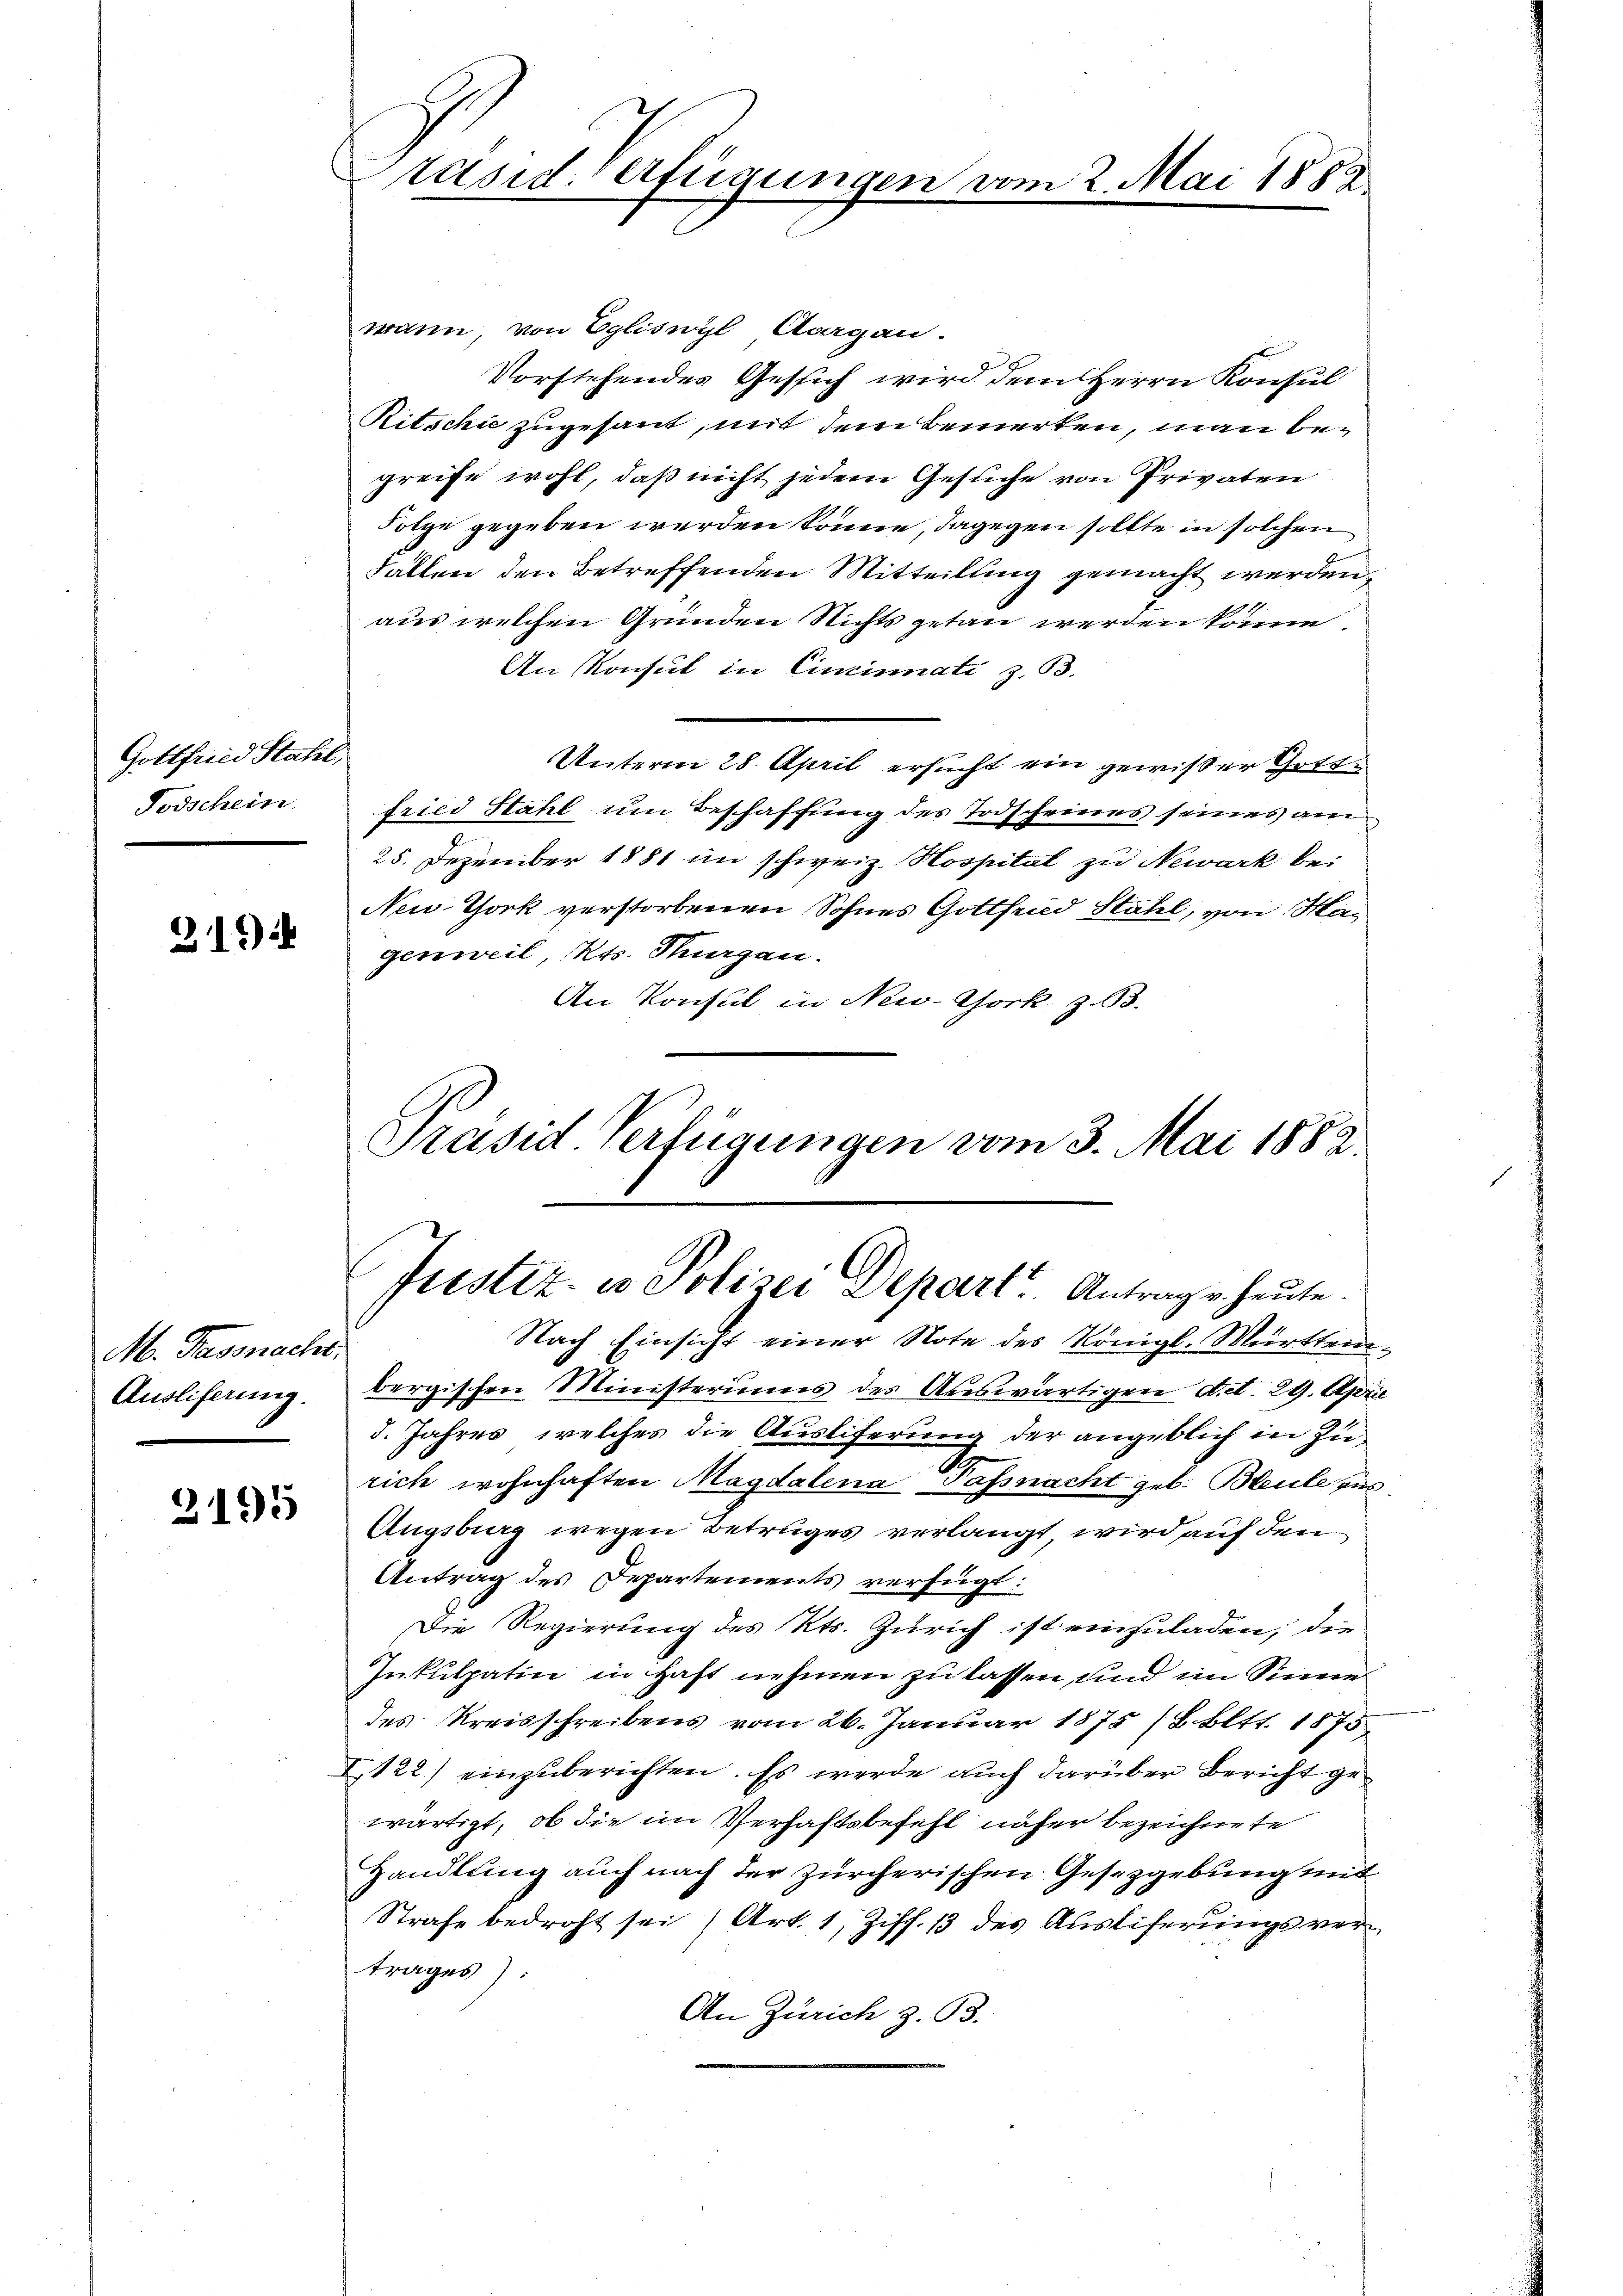
Gottfried Stahe
Todschein.

319

M. Passnacht.
Ausliferung.

3195

räsid Verfügung.

wann, von Egliswyl Aargau.
d
Vorstehendes Gesich wird dem Herrn Konsul
Ritschie zugesant, mit dem bemerken, man begreife wohl, daß nicht jedem Gesuche von Privaten
Folge gegeben werden könne, dagegen sollte in solchen
Fallen den Betreffenden Mitteilung gemacht werden.
aus welchen Gründen Nichts getan werden könne
An Konsul in Cincinnati z. B.
Unterm 28. April ersucht ein gewißer Gottfried Stahl um Beschaffung des Todscheines seines am
25. Dezember 1881 im schweiz. Hospital zu Newark bei
New York verstorbenen Sohnes Gottsend Stahel, von Magenweil Kts. Thurgau.
An Konsul in New-Chork. z. B.
Präsid. Verfügungen vom 3. Mai 1882.

bergischen Ministeriums des Auswärtigen Art. 29. April
5. Jahres, welches die Ausliferung der angeblich in Zu¬
.
rich wohnhaften Magdalena Tassnacht geb. Bleule zus
Augsburg wegen Betruges verlangt wird auf den
Antrag des Departements verfügt:
Die Regierung des Kts. Zürich ist einzuladen, die
Inkulpatin in Haft nehmen zu lassen, und im Sinne
des Kreisschreibens vom 26. Januar 1875 (8. Bett. 1875
I 122) einzuberichten. Es werde auch darüber Bericht gewärtigt, ob die im Verhaftsbefehl näher bezeichnete
Handlung auch nach der Zürcherischen Gesetzgebung mit
Strafe bedroht sei) Art. 1, Ziff. 13 des Auslieferungsvertrages):
An Zürich z. B.

2. Mai 1882.

frestiz- u Polizei Depart. Antrage heute.
Nach Einsicht einer Note des Königl. Württem¬